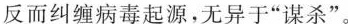
反而纠缠病毒起源，无异于”谋杀”。